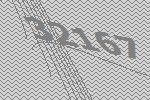
32167